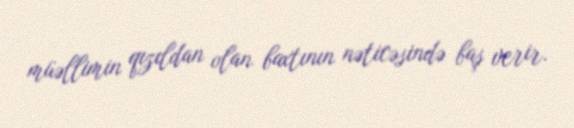
müəllimin qızıldan olan baxtının nəticəsində baş verir.